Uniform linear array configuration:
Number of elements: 48
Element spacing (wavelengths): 0.75
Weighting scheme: exponential
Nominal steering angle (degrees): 30
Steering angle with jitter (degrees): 30.35
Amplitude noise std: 0.05
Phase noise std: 0.05

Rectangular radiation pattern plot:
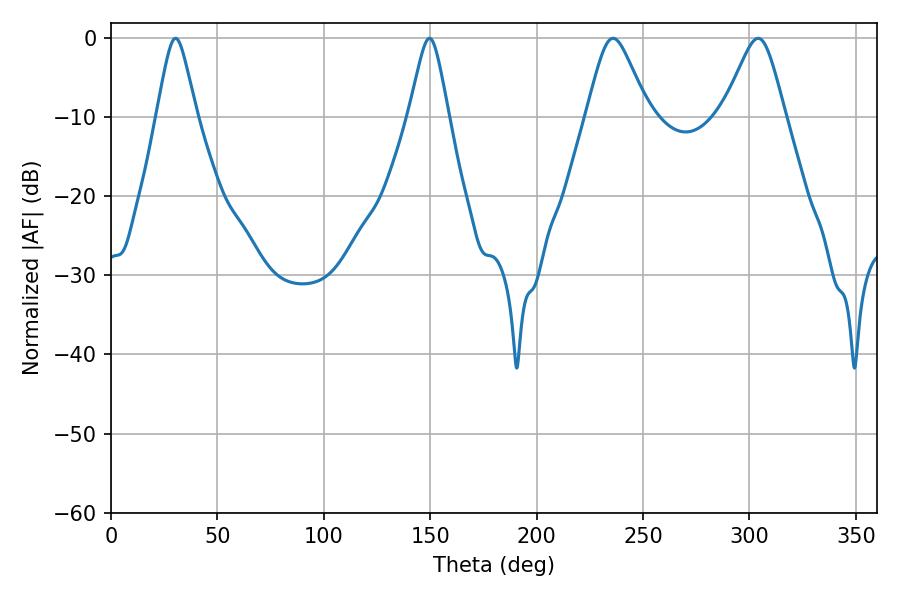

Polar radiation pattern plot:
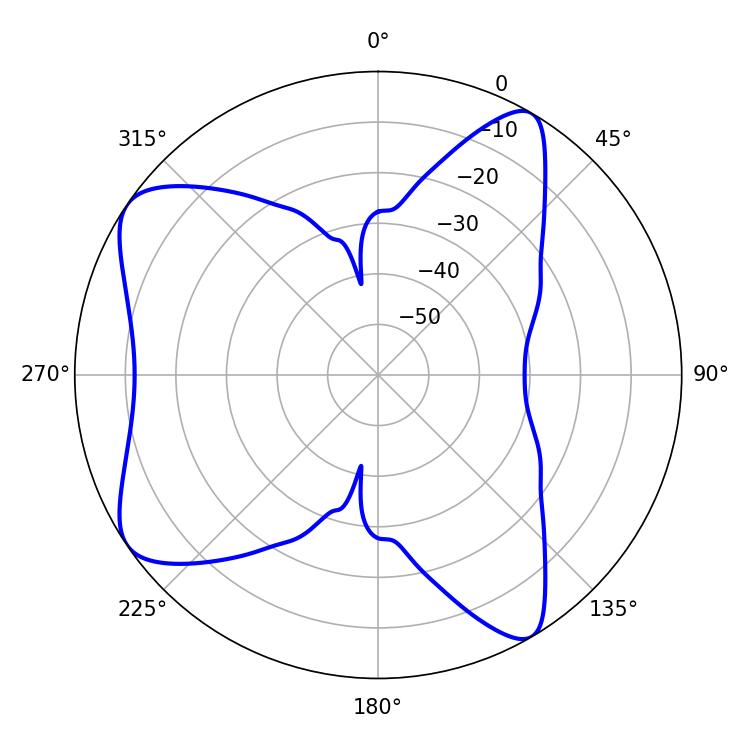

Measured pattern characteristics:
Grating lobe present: TRUE
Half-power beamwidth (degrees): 14.04
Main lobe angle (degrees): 304.02